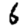
Digit: 6